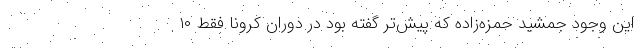
این وجود جمشید حمزه‌زاده که پیش‌تر گفته بود در دوران کرونا فقط ۱۰